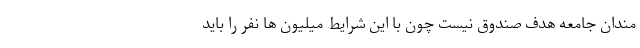
مندان جامعه هدف صندوق نیست چون با این شرایط میلیون ها نفر را باید